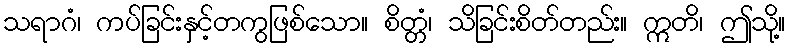
သရာဂံ၊ ကပ်ခြင်းနှင့်တကွဖြစ်သော။ စိတ္တံ၊ သိခြင်းစိတ်တည်း။ ဣတိ၊ ဤသို့။